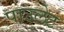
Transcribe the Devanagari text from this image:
पाउलेट